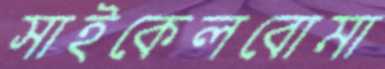
সাইকেলবোমা